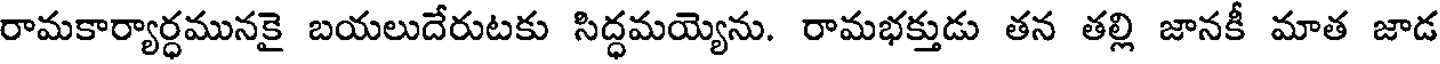
రామకార్యార్ధమునకై బయలుదేరుటకు సిద్ధమయ్యెను. రామభక్తుడు తన తల్లి జానకీ మాత జాడ